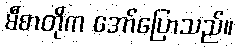
မီစာတိုက အော်ပြောသည်။